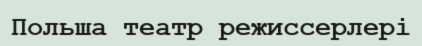
Польша театр режиссерлері